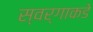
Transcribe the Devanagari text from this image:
स्वर्गाकडे